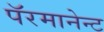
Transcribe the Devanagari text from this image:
पॅरमानेन्ट